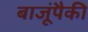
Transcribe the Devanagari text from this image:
बाजूंपैकी